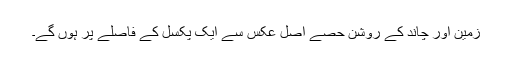
زمین اور چاند کے روشن حصے اصل عکس سے ایک پکسل کے فاصلے پر ہوں گے۔